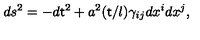
d s ^ { 2 } = - d { \sf t } ^ { 2 } + a ^ { 2 } ( { \sf t } / l ) \gamma _ { i j } d x ^ { i } d x ^ { j } ,